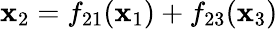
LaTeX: \mathbf{x}_{2}=f_{21}(\mathbf{x}_{1})+f_{23}(\mathbf{x}_{3})